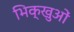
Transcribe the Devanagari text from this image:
भिक्खुओं